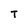
Character: T